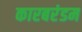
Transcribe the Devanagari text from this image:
कारबरंडम